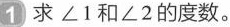
1 求∠1和∠2的度数。